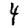
Digit: 4